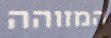
המזוהה